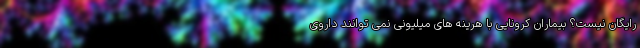
رایگان نیست؟ بیماران کرونایی با هرینه های میلیونی نمی توانند داروی